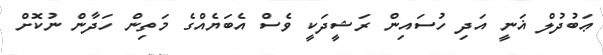
ޢަބުދުލް ޣަނީ އަދި ހުސައިން ރަޝީދަކީ ވެސް އެބަޔެއްގެ މަތިން ހަދާން ނުކޮށް